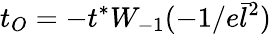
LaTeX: t_{O}=-t^{*}W_{-1}(-1/e\bar{l}^{2})